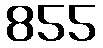
855